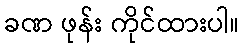
ခဏ ဖုန်း ကိုင်ထားပါ။